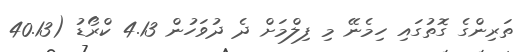
ތަރިންގެ ގޮތުގައި ހިމެނޭ މި ފިލްމަށް ދެ ދުވަހުން 4.13 ކްރޯޑު (40.13